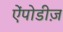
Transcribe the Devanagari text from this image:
ऐंपोडीज़